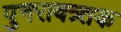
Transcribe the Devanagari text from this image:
पुनरावत्र्तक